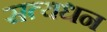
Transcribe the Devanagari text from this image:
सत्यधन